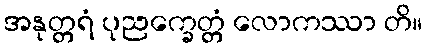
အနုတ္တရံ ပုညက္ခေတ္တံ လောကဿာ တိ။